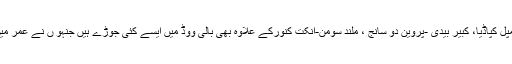
بالی ووڈ کے معروف اداکار شہنشاہ جذبات دلیپ کمار -سائرہ بانو، راجیش کھنہ- ڈمپل کپاڈیا، کبیر بیدی -پروین دو سانج ، ملند سومن-انکت کنورکے علاوہ بھی بالی ووڈ میں ایسے کئی جوڑے ہیں جنہو ں نے عمر میں بہت بڑے فرق ہونے کے باوجود بھی ایک دوسرے کا ہاتھ تھامنے کا فیصلہ کیا۔